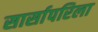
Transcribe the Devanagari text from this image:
सार्सापरिला